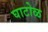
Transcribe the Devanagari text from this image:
घाटोळ